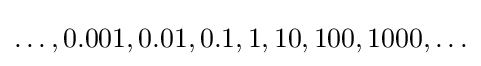
\ldots ,0.001,0.01,0.1,1,10,100,1000,\ldots